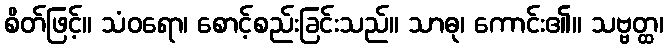
စိတ်ဖြင့်။ သံဝရော၊ စောင့်စည်းခြင်းသည်။ သာဓု၊ ကောင်း၏။ သဗ္ဗတ္ထ၊